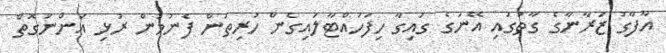
އާފާގު ޒަރާނާގެ ގާތުގައި އޭނަގެ ގައިގާ ހިފަހައްޓާލައިގެން ހުރިތަން ފެނުމުން ރުޅި އަންނަގޮތް